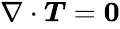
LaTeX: \begin{array}{r}{\nabla\cdot\boldsymbol{T}=\boldsymbol{0}}\end{array}